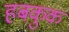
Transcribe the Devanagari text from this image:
हबकुक